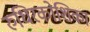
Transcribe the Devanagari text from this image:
रुधिरकोशिका